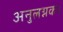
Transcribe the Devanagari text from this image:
अनुलग्नक।